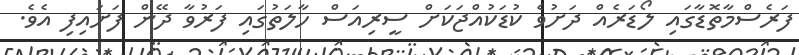
ފަރެސްމާތޮޑާގައި ލޯޑަރެއް ދަށުވެ ކުޑަކުއްޖަކަށް ސީރިއަސް ހާލަތުގައި ފަރުވާ ދޭން ފަށައިފި އެވެ.